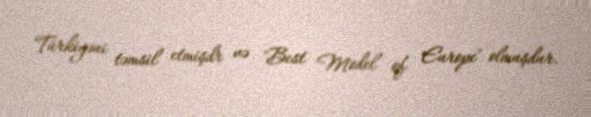
Türkiyəni təmsil etmişdr və "Best Model of Europe" olmuşdur.